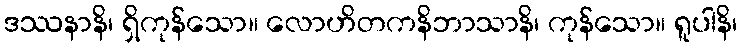
ဒဿနာနိ၊ ရှိကုန်သော။ လောဟိတကနိဘာသာနိ၊ ကုန်သော။ ရူပါနိ၊